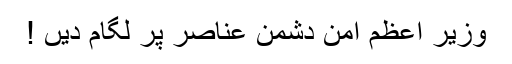
وزیر اعظم امن دشمن عناصر پر لگام دیں !